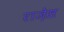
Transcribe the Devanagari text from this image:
राज़ेस